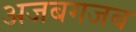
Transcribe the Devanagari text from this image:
अजबगजब